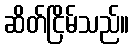
ဆိတ်ငြိမ်သည်။